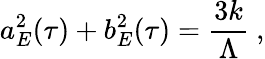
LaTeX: a_{E}^{2}(\tau)+b_{E}^{2}(\tau)=\frac{3k}{\Lambda}~,